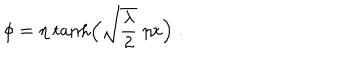
\phi = \eta \ { \tanh } \Bigl ( \sqrt { \frac { \lambda } { 2 } } \ \eta x \Bigr ) \ .